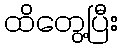
ထိတွေ့ပြီး